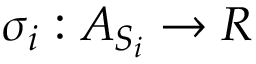
\sigma _ { i } : A _ { S _ { i } } \rightarrow R